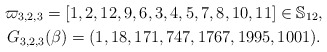
\begin{gather*}\varpi_{3,2,3} = [1,2,12,9,6,3,4,5,7,8,10,11] \in \mathbb{S}_{12},\\G_{3,2,3}(\beta)= (1,18,171,747,1767,1995,1001).\end{gather*}